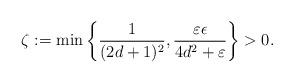
LaTeX: \begin{align*}\zeta:=\min\left\{\frac{1}{(2d+1)^2},\frac{\varepsilon\epsilon}{4d^2+\varepsilon}\right\}>0.\end{align*}